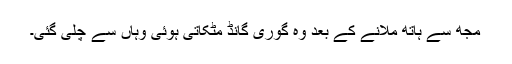
مجھ سے ہاتھ ملانے کے بعد وہ گوری گانڈ مٹکاتی ہوئی وہاں سے چلی گئی۔